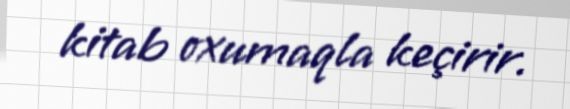
kitab oxumaqla keçirir.